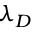
\lambda _ { D }